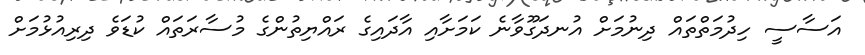
އަސާސީ ހިދުމަތްތައް ދިނުމަށް އުނދަގޫވާނެ ކަމަށާއި އާދައިގެ ރައްޔިތުންގެ މުސާރަތައް ކުޑަވެ ދިރިއުޅުމަށް